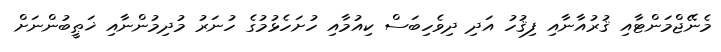
މެނޭޖްމަންޓާއި ޤުރުއާނާއި ފިޤުހު އަދި ދިވެހިބަސް ކިއުމާއި ހުށަހެޅުމުގެ ހުނަރު މުދިމުންނާއި ޚަޠީބުންނަށް